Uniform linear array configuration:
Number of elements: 8
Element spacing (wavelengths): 0.25
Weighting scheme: blackman
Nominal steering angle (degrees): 60
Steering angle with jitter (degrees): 60.338
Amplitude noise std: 0.05
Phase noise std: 0.05

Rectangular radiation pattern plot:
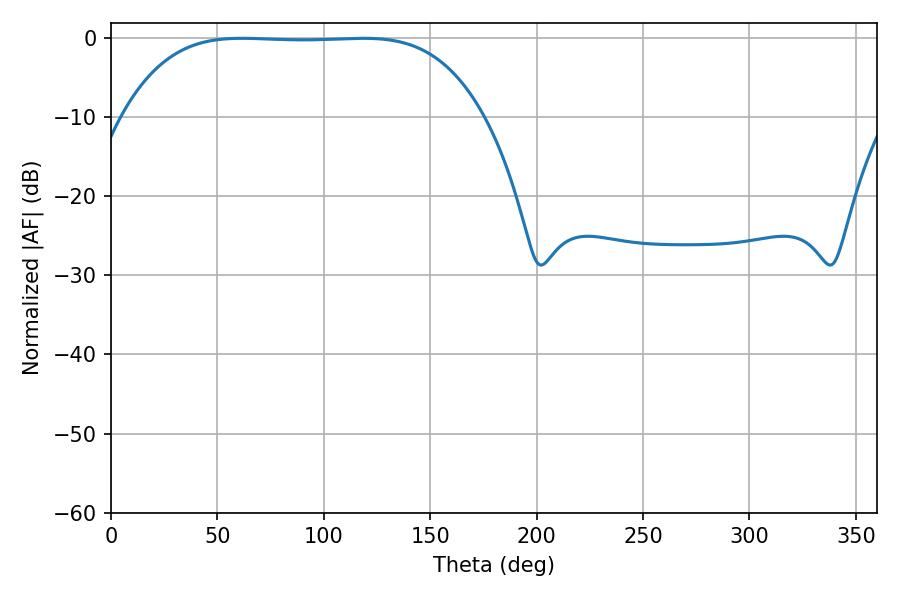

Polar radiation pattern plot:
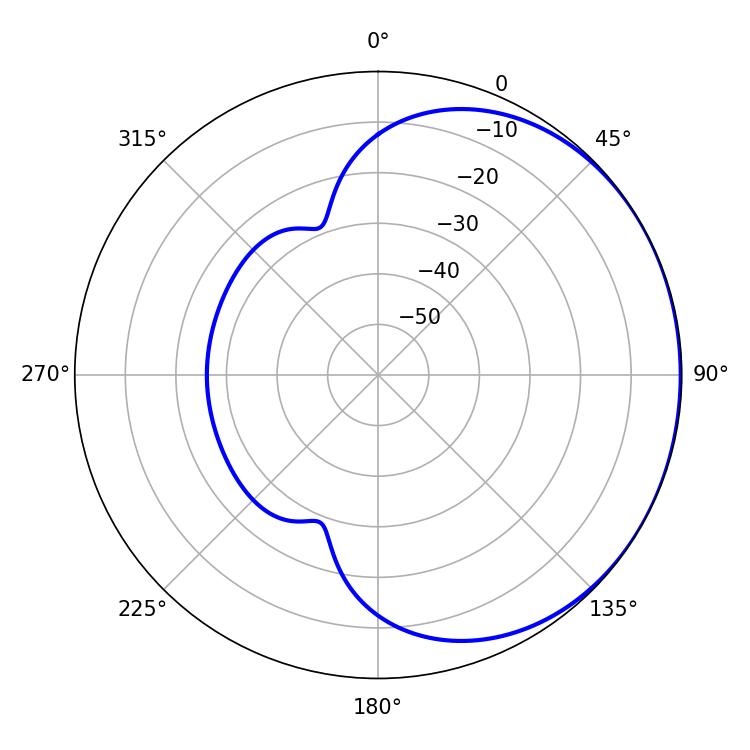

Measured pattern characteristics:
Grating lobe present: FALSE
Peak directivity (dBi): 0.6278
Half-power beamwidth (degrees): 130.32
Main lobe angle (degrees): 61.56